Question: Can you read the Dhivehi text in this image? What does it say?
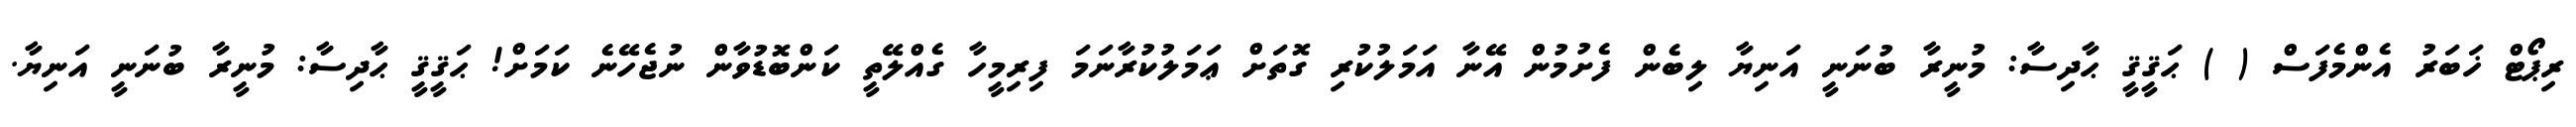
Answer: ރިޕޯޓް ޚަބަރު އެންމެފަސް ( ) ޙަޤީޤީ ޙާދިސާ: މުނީރާ ބުނަނީ އަނިޔާ ލިބެން ފެށުމުން އޭނާ އަމަލުކުރި ގޮތަށް ޢަމަލުކުރާނަމަ ފިރިމީހާ ގެއްލޭތީ ކަންބޮޑުވާން ނުޖެހޭނެ ކަމަށް! ޙަޤީޤީ ޙާދިސާ: މުނީރާ ބުނަނީ އަނިޔާ.